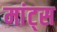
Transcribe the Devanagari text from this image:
मांट्स